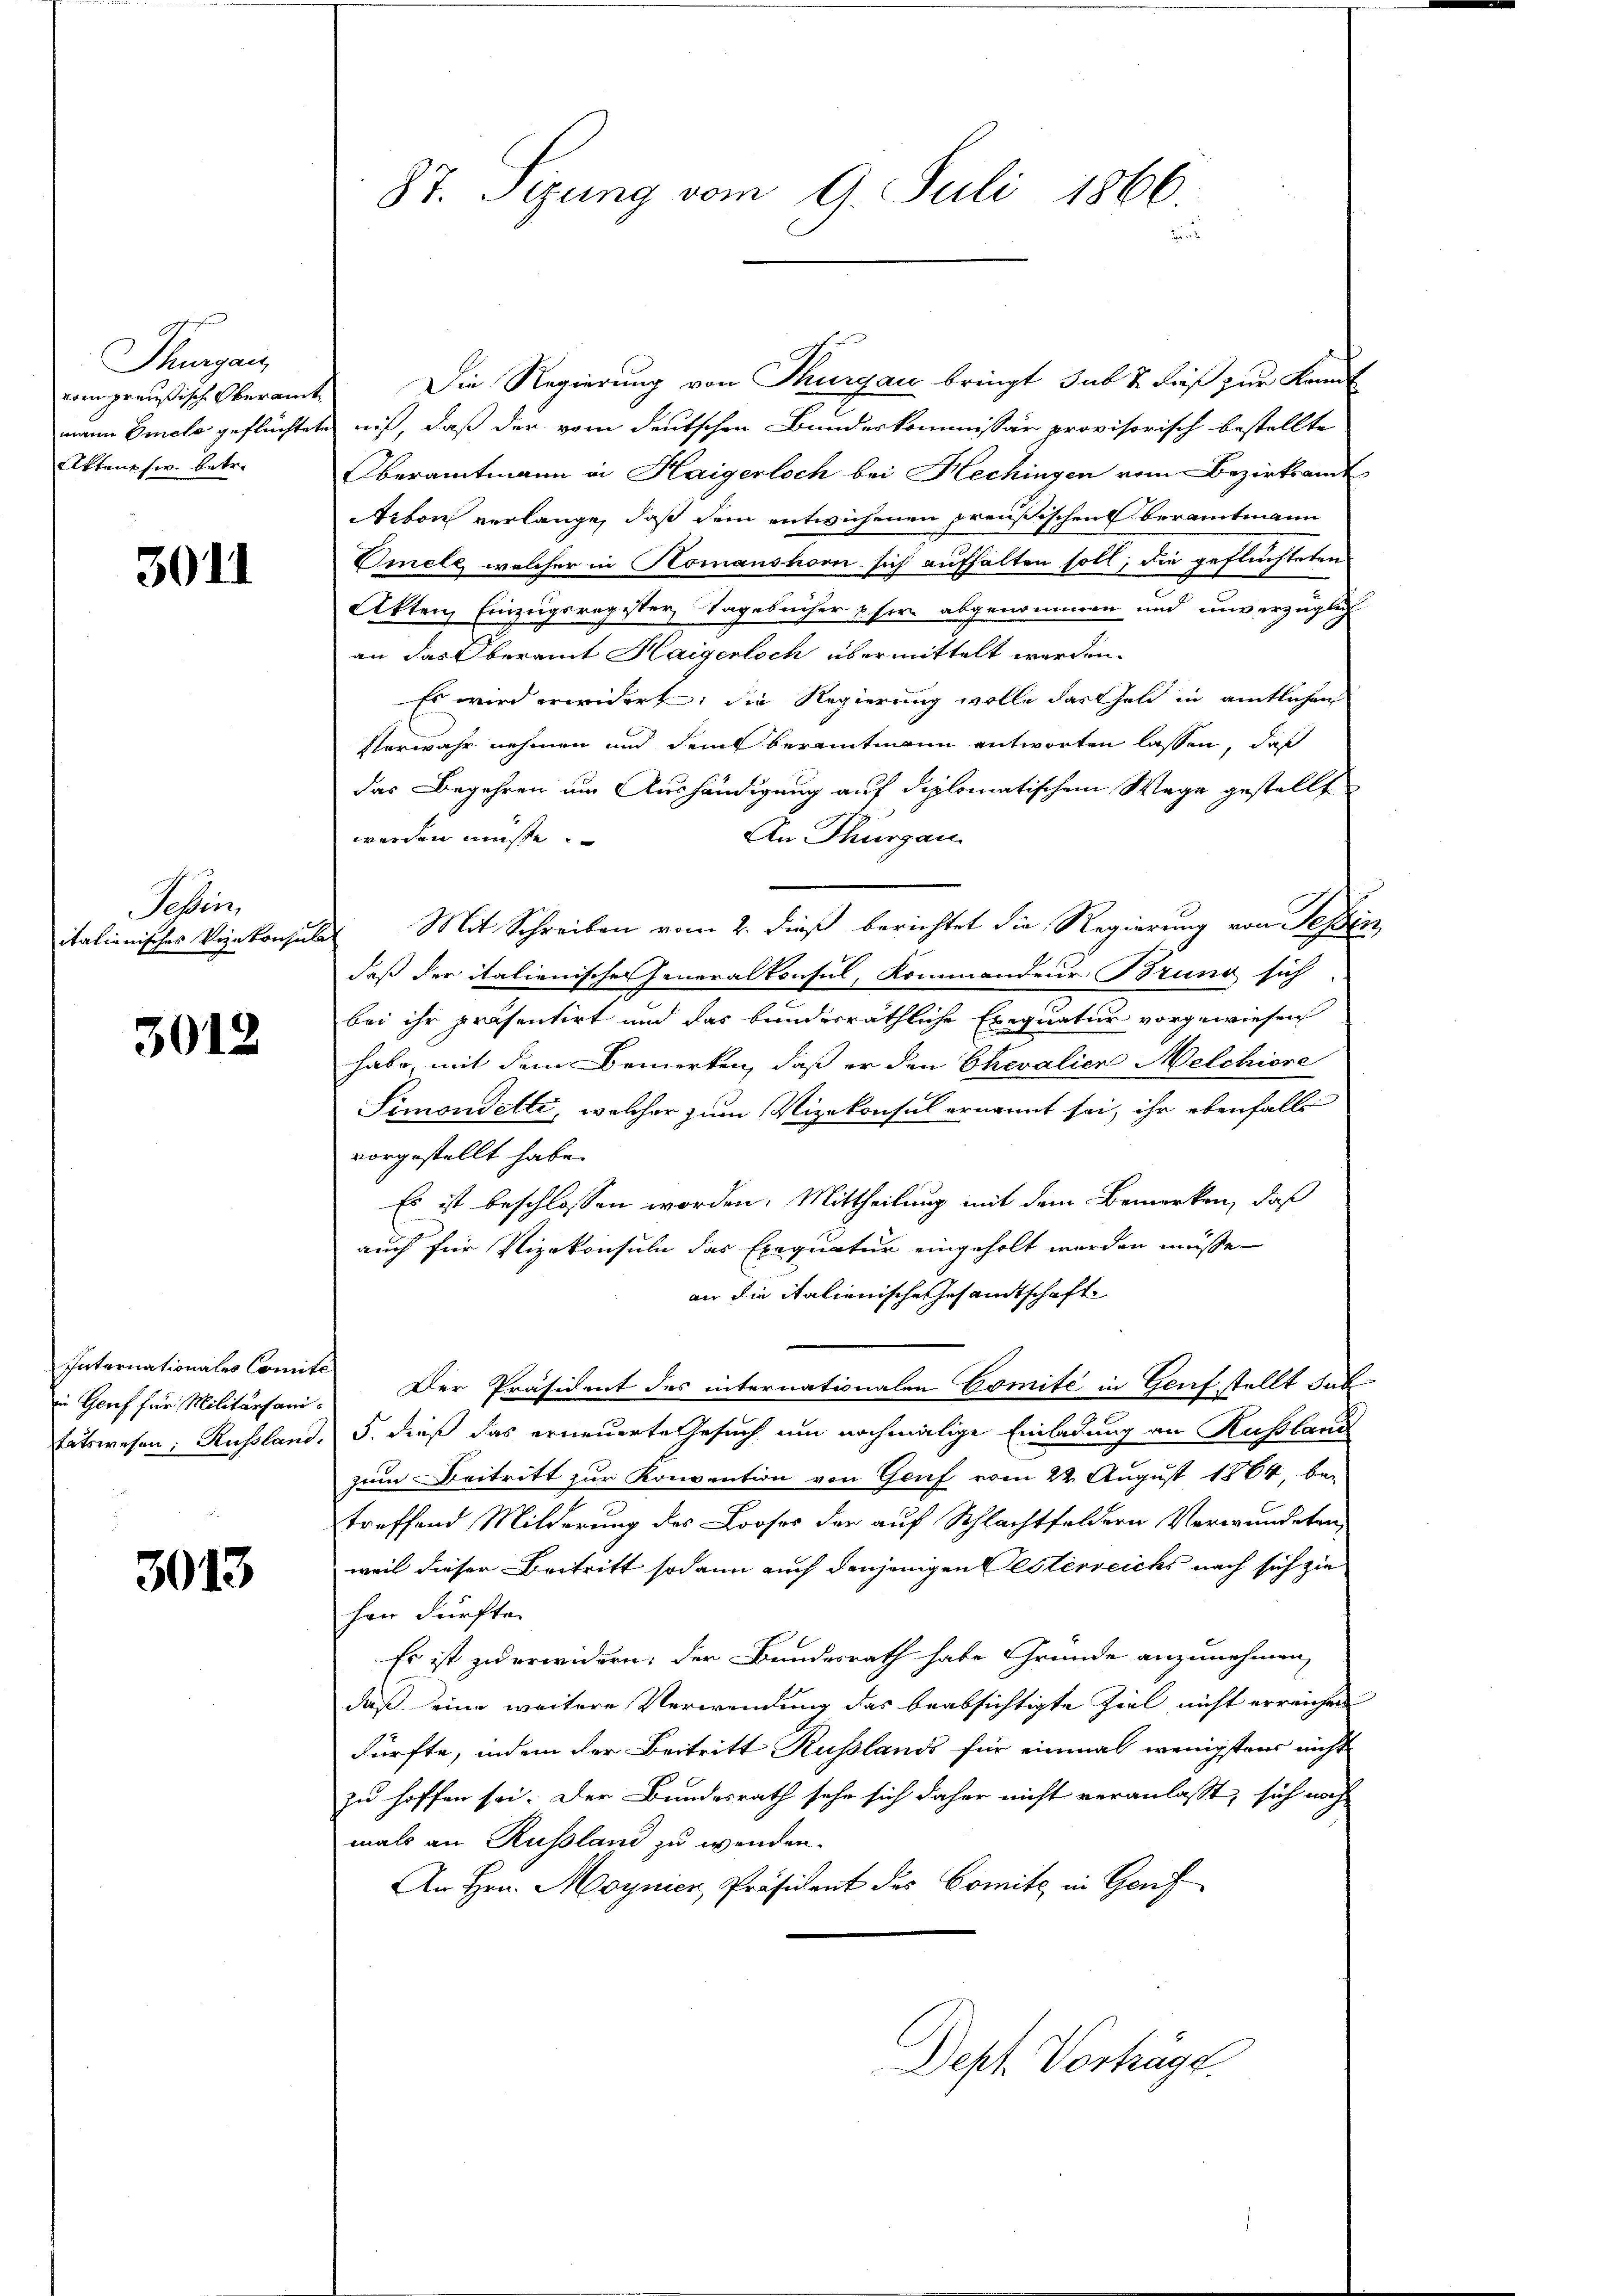
Thurgau
vom preußisch Oberamt
Aktens s w. betre

3011

Seben,

3012

Internationales Comite

3013

Die Regierung von Thurgau bringt, sub 2. dieß zur Kannt
mann Omele geflüchtete niß, daß der vom deutschen Bunderkommissär provisorisch bestellte
Oberamtmann in Haigerloch bei Hechingen vom Bezirksamt
Arbon verlange, daß dem entwichenen preußischen beramtmann
Omele, welcher in Komanshorn sich aufhalten soll, die geflüchteten
Akten Einzugsregister Tagebücher u. her abgenommen und unverzüglich
an das Oberamt Haigerlich übermittelt werden.
Es wird erwidert, die Regierung wolle das Geld in amtlichen
Verwahr nehmen und dem beramtmann antworten lassen, daß
das Begehren um Aushändigung auf diplomatischem Wege gestellt
An Thurgau
werden müsse.
italienisches Vizekonsulat Mit Schreiben vom 2. dieß berichtet die Regierung von Sessen
daß der italienischer Generalkonsul, Kommandeur Bruno sich
uch
bei ihr präsentirt und das bundesräthliche Exequatur vorgewiesen
habe, mit dem Bemerken, daß er den Chevalien Melchiore
Simonetti, welcher zum Vizekonsul ernannt sei, ihr ebenfalls
vorgestellt habe.
Es ist beschlossen worden. Mittheilung mit dem Bemerken, daß
auch für Vizekonsuln das Exequatur eingeholt werden müsse
an die italienische Gesamtschaft
in Genf für Militärsan. Der Präsident des internationalen Comité in Genf stellt hab
tätswesen; Russland. 5. dieß das erneuerte Gesuch um nochmalige Einladung an Rußland
zum Beitritt zur Konvention von Genf vom 22. August 1864, bei
treffend Milderung des Looses der auf Schlachtfeldern Verwundeten,
weil dieser Beitritt sodann auch denjenigen Gesterreichs nach sich zie
han dürfte.
Es ist zu erwidern; der Bundesrath habe Gründe anzunehmen,
daß eine weitere Verwendung das beabsichtigte Ziel nicht erreichen
dürfte, indem der Beitritt Kusslands für einmal wenigstens nicht
zu hoffen sei. Der Bundesrath sehr sich daher nicht veranlasst, sich nach
mals an Russland zu wenden.
An Hrn. Moynier, Präsident des Comite in Genf

87. Sizung vom 9. Juli 1866.
e

Dept. Vorträge.